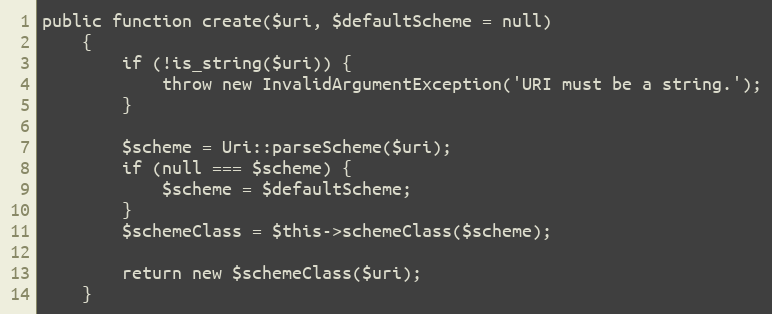
Language: PHP
public function create($uri, $defaultScheme = null)
    {
        if (!is_string($uri)) {
            throw new InvalidArgumentException('URI must be a string.');
        }

        $scheme = Uri::parseScheme($uri);
        if (null === $scheme) {
            $scheme = $defaultScheme;
        }
        $schemeClass = $this->schemeClass($scheme);

        return new $schemeClass($uri);
    }